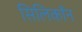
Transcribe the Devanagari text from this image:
सिलिकाँन